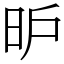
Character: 昈